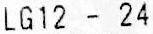
LG12 - 24